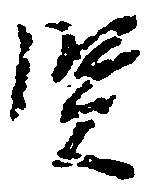
賢